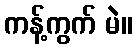
ကန့်ကွက် မဲ။